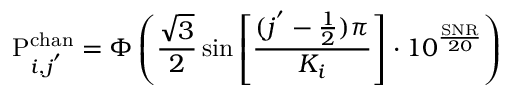
\mathrm { P } _ { i , j ^ { ' } } ^ { \mathrm { c h a n } } = { \Phi } \left( \frac { \sqrt { 3 } } { 2 } \sin \left[ \frac { ( j ^ { ' } - \frac { 1 } { 2 } ) \pi } { K _ { i } } \right] \cdot 1 0 ^ { \frac { \mathrm { S N R } } { 2 0 } } \right)